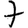
Digit: 7